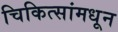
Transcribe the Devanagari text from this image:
चिकित्सांमधून